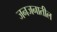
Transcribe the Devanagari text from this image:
जनजनातील